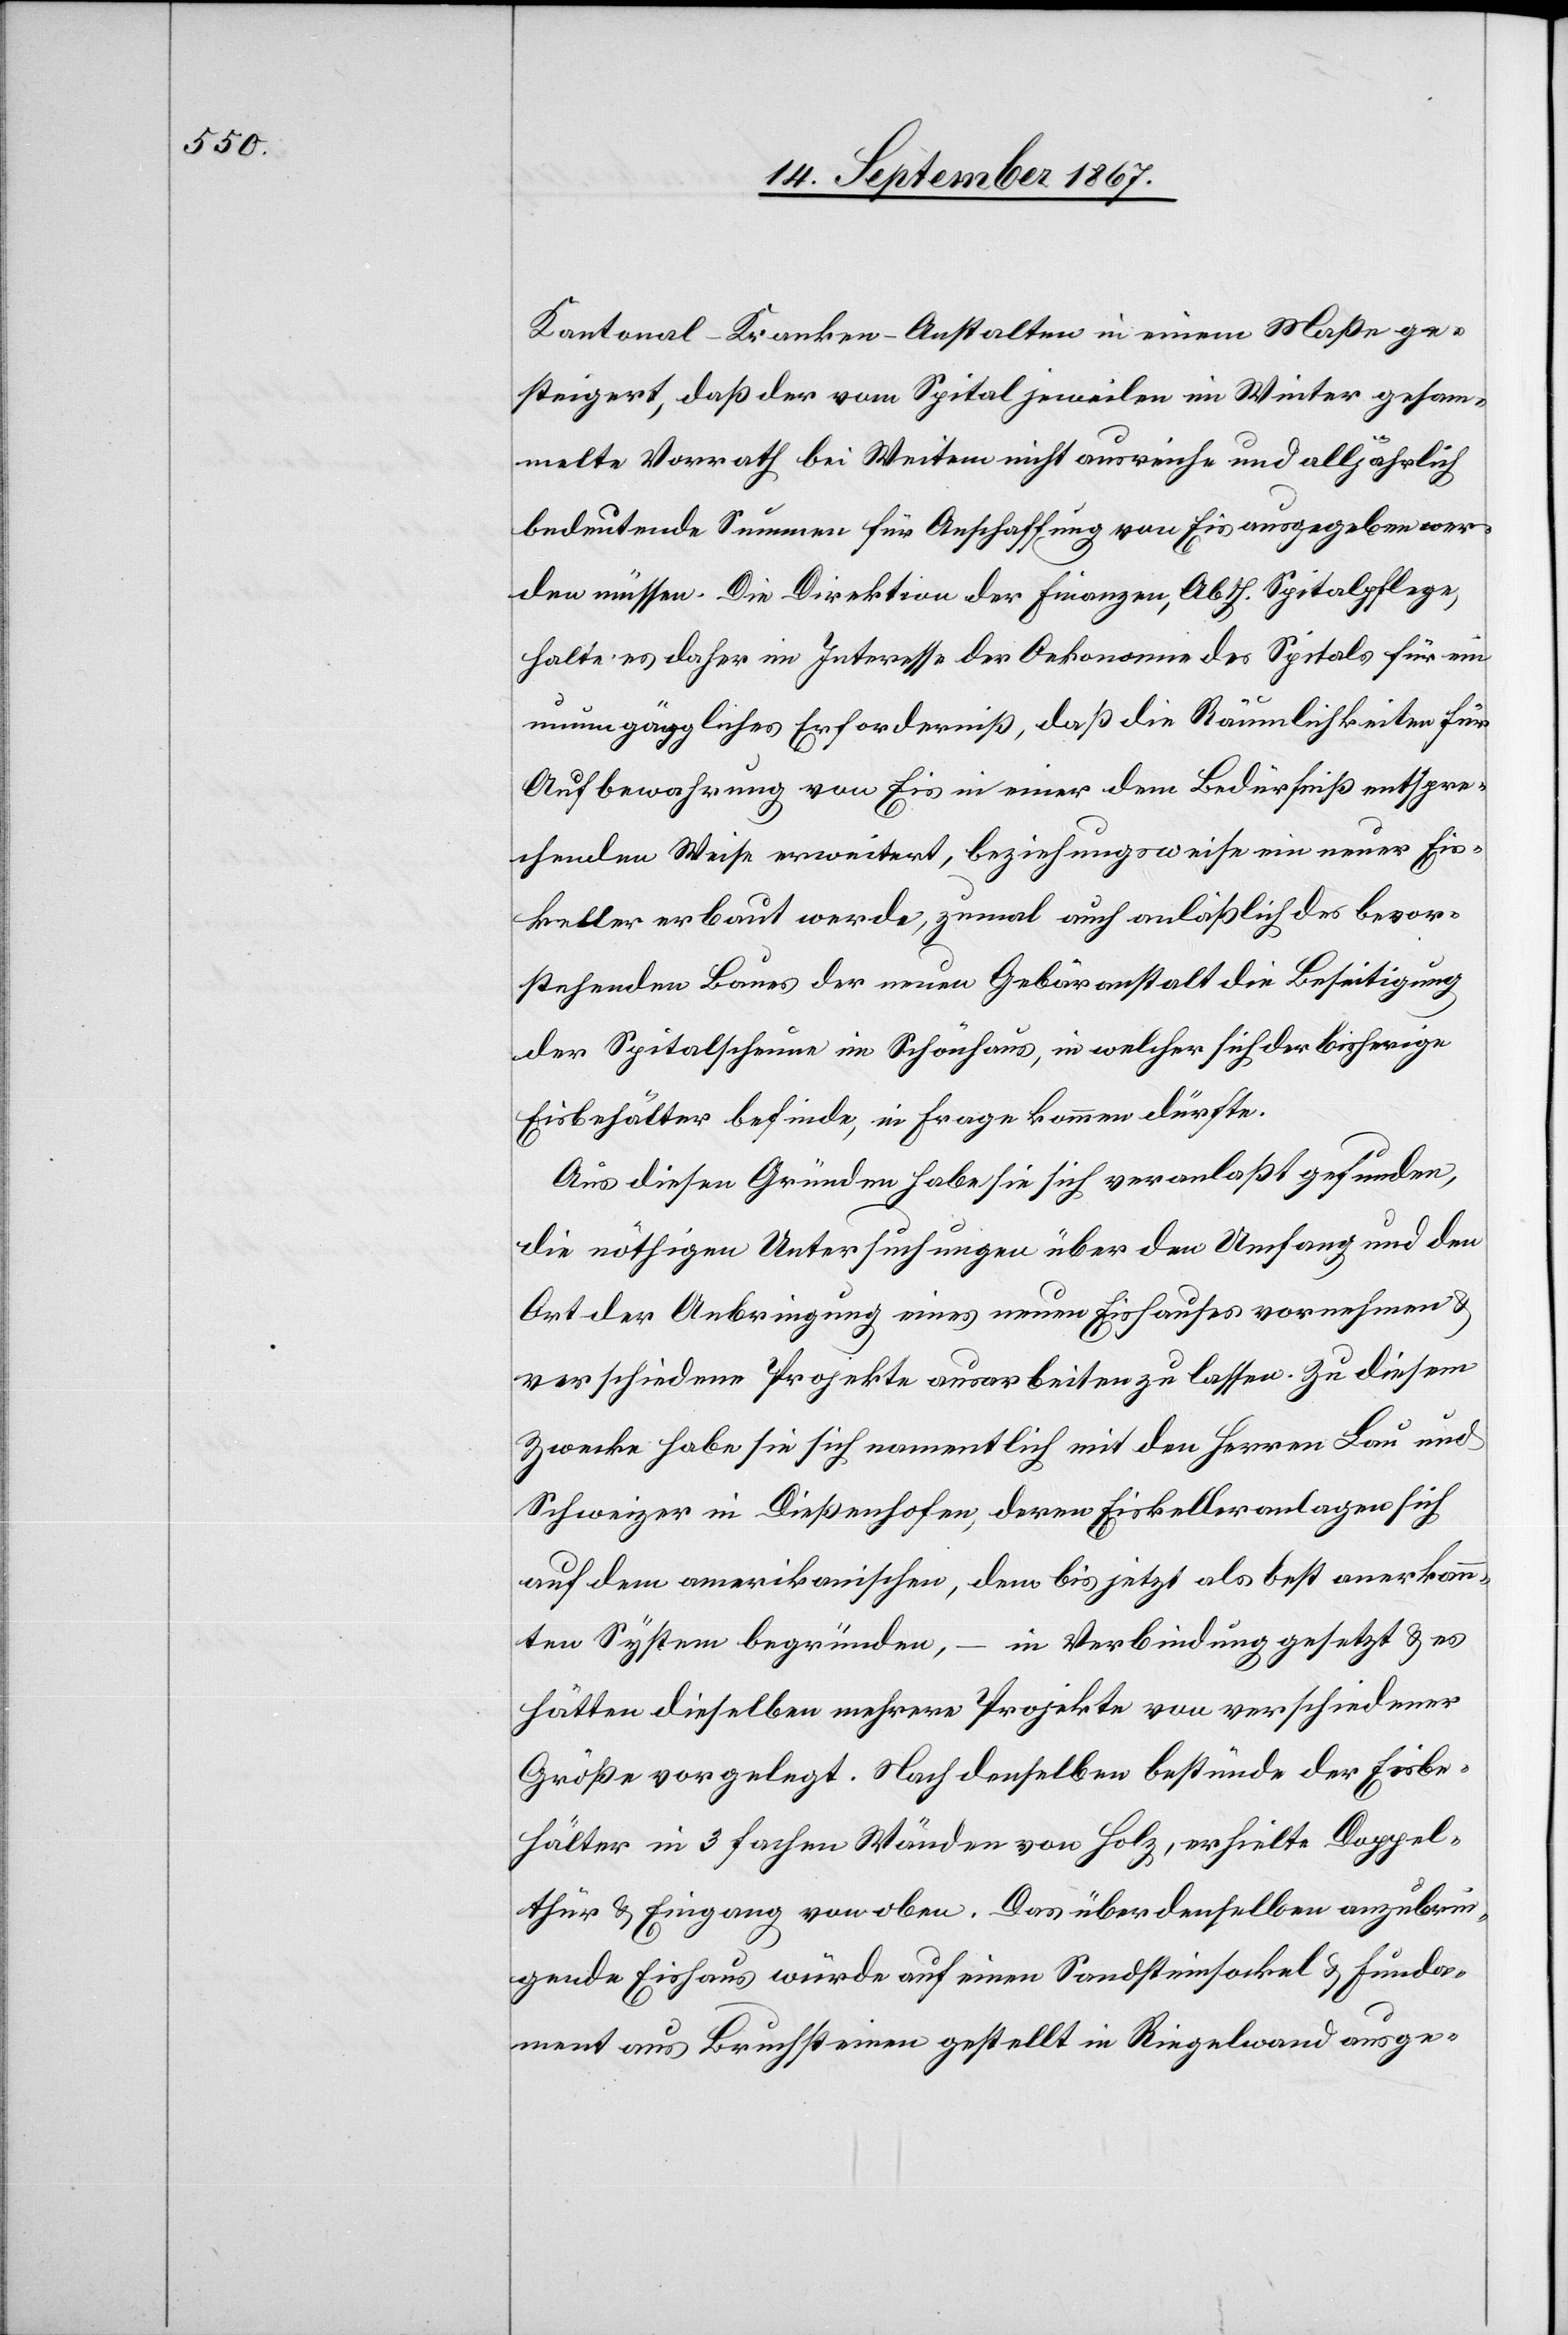
Kantonal-Kranken-Anstalten in einem Maße ge¬
steigert, daß der vom Spital jeweilen im Winter gesam¬
melte Vorrath bei Weitem nicht ausreiche und alljährlich
bedeutende Summen für Anschaffung von Eis ausgegeben wer¬
den müssen. Die Direktion der Finanzen, Abth. Spitalpflege,
halte es daher im Interesse der Oekonomie des Spitals für ein
unumgängliches Erforderniß, daß die Räumlichkeiten für
Aufbewahrung von Eis in einer dem Bedürfniß entspre¬
chenden Weise erweitert, beziehungsweise ein neuer Eis¬
keller erbaut werde, zumal auch anläßlich des bevor¬
stehenden Baues der neuen Gebäranstalt die Beseitigung
der Spitalscheune im Schönhaus, in welcher sich der bisherige
Eisbehälter befinde, in Frage kommen dürfte.
Aus diesen Gründen habe sie sich veranlaßt gefunden,
die nöthigen Untersuchungen über den Umfang und den
Ort der Anbringung eines neuen Eishauses vornehmen u.
verschiedene Projekte ausarbeiten zu lassen. Zu diesem
Zwecke habe sie sich namentlich mit den Herren Lau und
Schweizer in Dießenhofen, deren Eiskelleranlagen sich
auf dem amerikanischen, dem bis jetzt als best anerkann¬
ten System begründen, – in Verbindung gesetzt u. es
hätten dieselben mehrere Projekte von verschiedener
Größe vorgelegt. Nach denselben bestünde der Eisbe¬
hälter in 33 fachen Wänden von Holz, erhielte Doppel¬
thür u. Eingang von oben. Das über denselben anzubrin¬
gende Eishaus würde auf einen Sandsteinsockel u. Funda¬
ment aus Bruchsteinen gestellt in Riegelwand ausge-